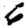
Digit: 6